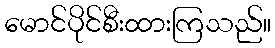
မောင်ပိုင်စီးထားကြသည်။